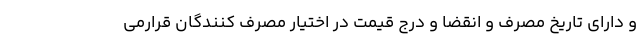
و دارای تاریخ مصرف و انقضا و درج قیمت در اختیار مصرف کنندگان قرارمی